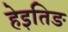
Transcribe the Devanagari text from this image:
हेइतिङ